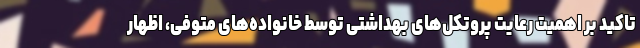
تاکید بر اهمیت رعایت پروتکل‌های بهداشتی توسط خانواده‌های متوفی، اظهار